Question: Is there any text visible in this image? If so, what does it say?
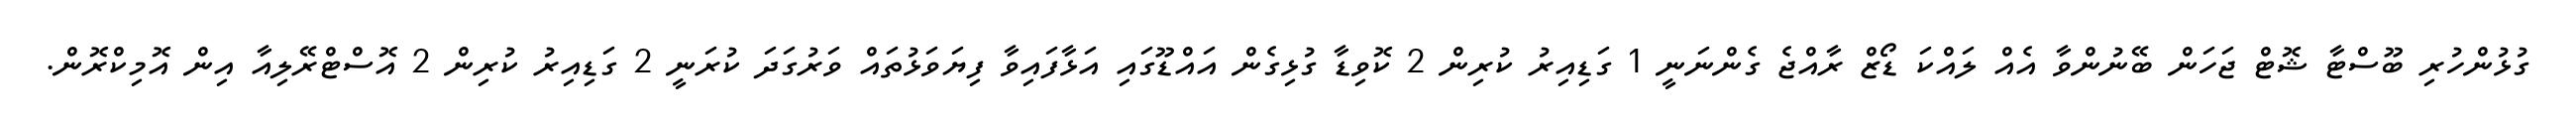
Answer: ގުޅުންހުރި ބޫސްޓާ ޝޮޓް ޖަހަން ބޭނުންވާ އެއް ލައްކަ ޑޯޒް ރާއްޖެ ގެންނަނީ 1 ގަޑިއިރު ކުރިން 2 ކޮވިޑާ ގުޅިގެން އައްޑޫގައި އަޅާފައިވާ ފިޔަވަޅުތައް ވަރުގަދަ ކުރަނީ 2 ގަޑިއިރު ކުރިން 2 އޮސްޓްރޭލިއާ އިން އޮމިކްރޮން.